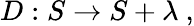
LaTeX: D:S\rightarrow S+\lambda\ ,